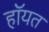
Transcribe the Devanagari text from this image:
हॉयत